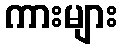
ကားများ